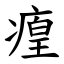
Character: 㾮